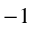
^ { - 1 }